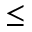
\leq